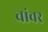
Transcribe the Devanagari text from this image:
चांवर